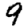
Digit: 9